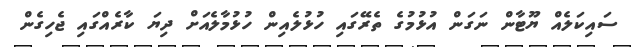
ސައިކަލެއް ޔޫޓާން ނަގަން އުޅުމުގެ ތެރޭގައި ހުޅުލެއިން ހުޅުމާލެއަށް ދިޔަ ކާރެއްގައި ޖެހިގެން